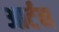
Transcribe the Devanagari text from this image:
आर्टन